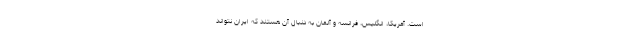
است. آمریکا، انگلیس، فرانسه و آلمان به دنبال آن هستند که ایران نتواند